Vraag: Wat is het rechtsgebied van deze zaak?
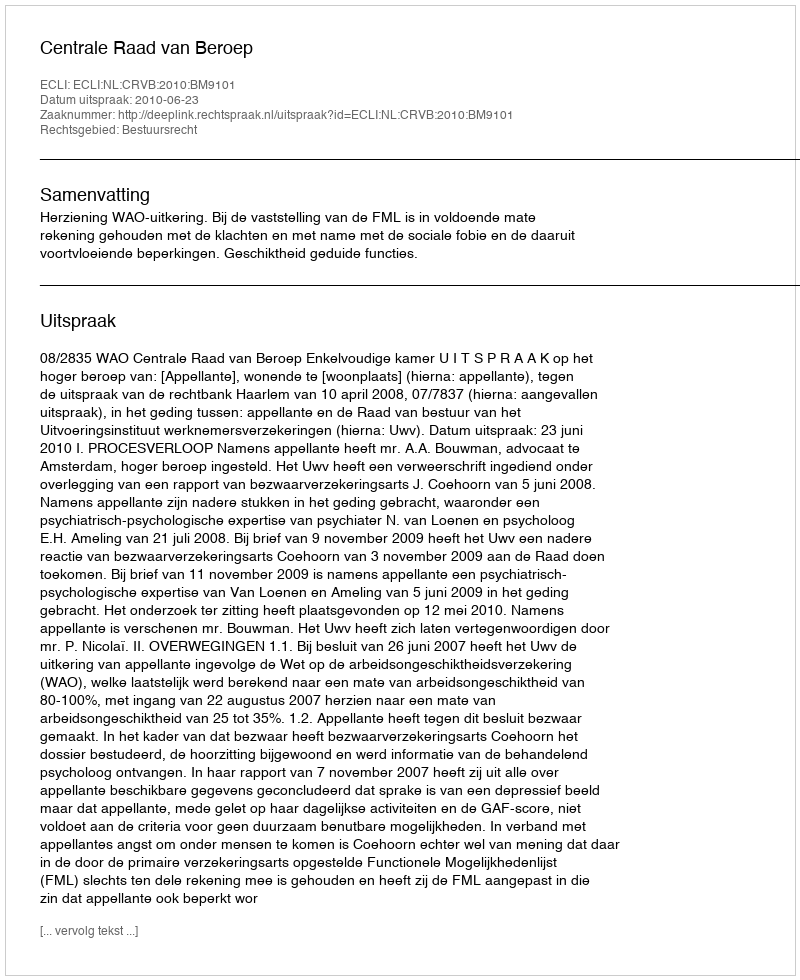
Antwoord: Bestuursrecht